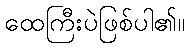
ထေကြီးပဲဖြစ်ပါ၏။